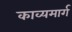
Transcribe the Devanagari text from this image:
काव्यमार्ग